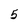
Character: 5